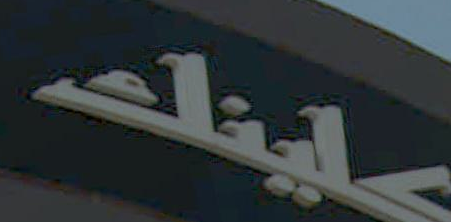
علينك